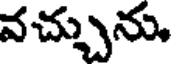
వచ్చును,